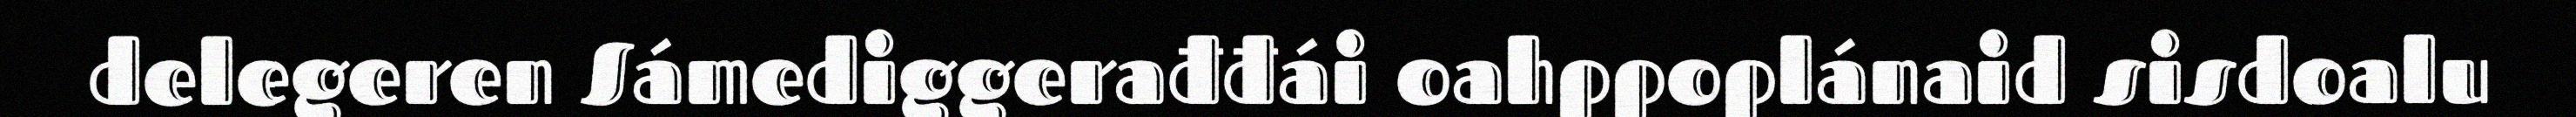
delegeren Sámediggerađđái oahppoplánaid sisdoalu